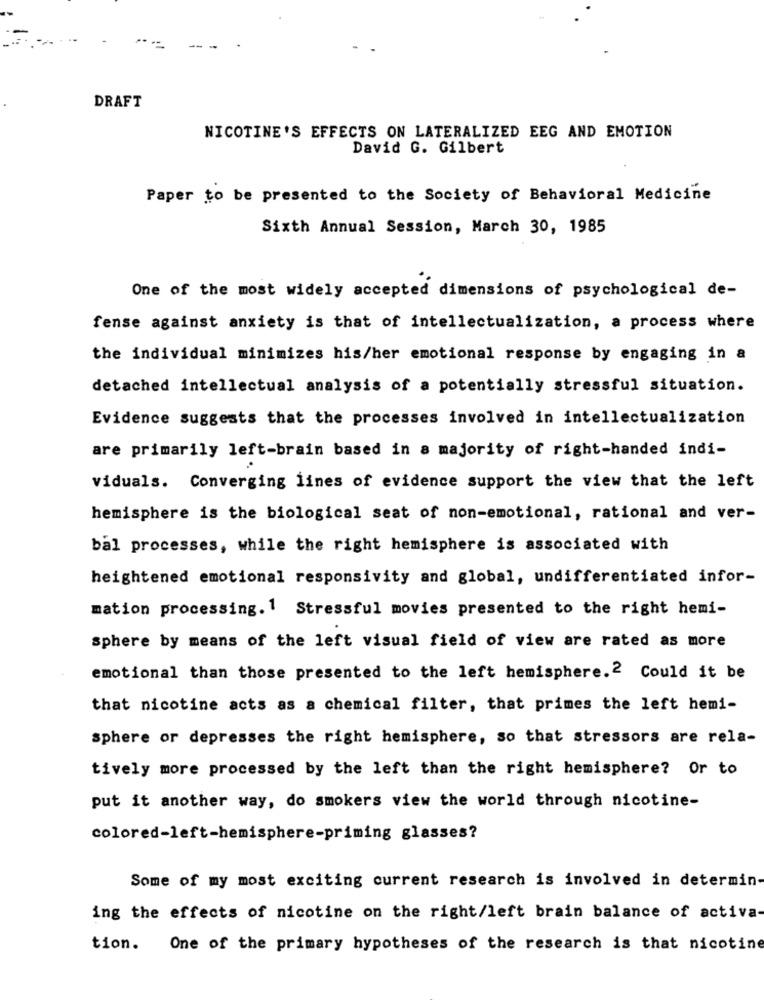
DRAFT
NICOTINE'S EFFECTS ON LATERALIZED EEG AND EMOTION
David G. Gilbert
Paper to be presented to the Society of Behavioral Medicine
Sixth Annual Session, March 30, 1985
One of the most widely accepted dimensions of psychological de-
fense against anxiety is that of intellectualization, a process where
the individual minimizes his/her emotional response by engaging in a
detached intellectual analysis of a potentially stressful situation.
Evidence suggests that the processes involved in intellectualization
are primarily left-brain based in a majority of right-handed indi-
viduals. Converging lines of evidence support the view that the left
hemisphere is the biological seat of non-emotional, rational and ver-
bal processes, while the right hemisphere is associated with
heightened emotional responsivity and global, undifferentiated infor-
mation processing. 1 Stressful movies presented to the right hemi-
sphere by means of the left visual field of view are rated as more
emotional than those presented to the left hemisphere.2 Could it be
that nicotine acts as a chemical filter, that primes the left hemi-
sphere or depresses the right hemisphere, so that stressors are rela-
tively more processed by the left than the right hemisphere? Or to
put it another way, do smokers view the world through nicotine-
colored-left-hemisphere-priming glasses?
Some of my most exciting current research is involved in determin-
ing the effects of nicotine on the right/left brain balance of activa-
tion. One of the primary hypotheses of the research is that nicotine